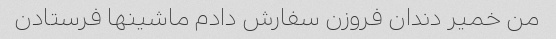
من خمیر دندان فروزن سفارش دادم ماشینها فرستادن